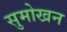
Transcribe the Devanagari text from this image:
सुमोखन